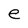
Character: e